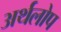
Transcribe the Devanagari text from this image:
अर्थलोप